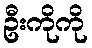
ဦးကိုကို